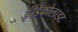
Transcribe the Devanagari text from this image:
इंडिकोलाइट